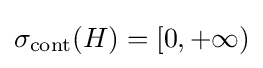
\sigma _{\mathrm {cont} }(H)=[0,+\infty )